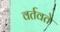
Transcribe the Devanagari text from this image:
वर्तवते